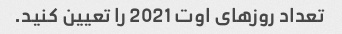
تعداد روزهای اوت 2021 را تعیین کنید.